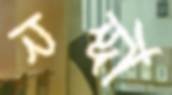
নন্দী